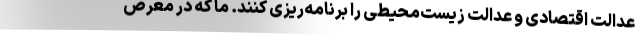
عدالت اقتصادی و عدالت زیست‌محیطی را برنامه‌ریزی کنند. ما که در معرض